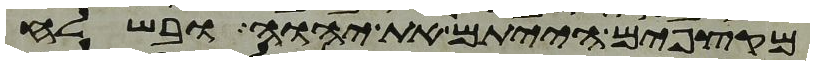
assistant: מקצפים הייתם את יהוה ובשלח